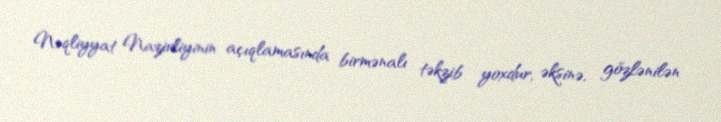
Nəqliyyat Nazirliyinin açıqlamasında birmənalı təkzib yoxdur, əksinə, gözlənilən